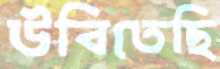
উবিতেছি